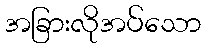
အခြားလိုအပ်သော